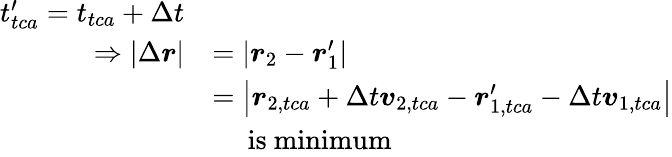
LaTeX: \begin{array}{rl}{t_{tca}^{\prime}=t_{tca}+\Delta t}\\ {\Rightarrow\left|\Delta\boldsymbol{r}\right|}&{=\left|\boldsymbol{r}_{2}-\boldsymbol{r}_{1}^{\prime}\right|}\\ &{=\left|\boldsymbol{r}_{2,tca}+\Delta t\boldsymbol{v}_{2,tca}-\boldsymbol{r}_{1,tca}^{\prime}-\Delta t\boldsymbol{v}_{1,tca}\right|}\\ &{\mathrm{\quad~is~minimum}}\end{array}